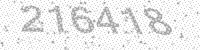
Solution: 216418